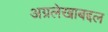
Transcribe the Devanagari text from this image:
अग्रलेखाबद्दल